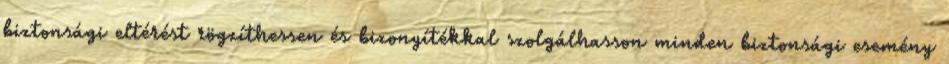
biztonsági eltérést rögzíthessen és bizonyítékkal szolgálhasson minden biztonsági esemény